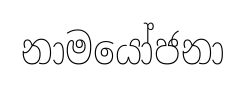
නාමයෝජනා